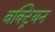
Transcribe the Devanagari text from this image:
बक्ट्रियन